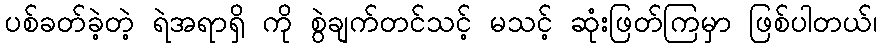
ပစ်ခတ်ခဲ့တဲ့ ရဲအရာရှိ ကို စွဲချက်တင်သင့် မသင့် ဆုံးဖြတ်ကြမှာ ဖြစ်ပါတယ်၊